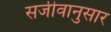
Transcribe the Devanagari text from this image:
सजीवानुसार